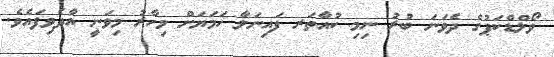
ވޯލްޑްކަޕުގެ ދެވަނަ ބުރު ނިމި ކުއާތަރ ފައިނަލާ ހަމަޔަށް މިހާރު މިވަނީ އާދެވިފައެވެ.